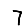
Digit: 7